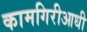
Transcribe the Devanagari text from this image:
कामगिरीआधी